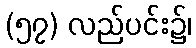
(၅၇) လည်ပင်း၌၊